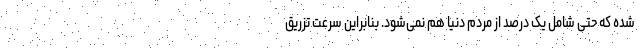
‌شده که حتی شامل یک درصد از مردم دنیا هم نمی‌شود. بنابراین ‌سرعت تزریق